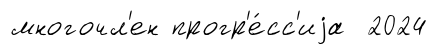
многочл'ен прогр'е́сс'иjа 2024